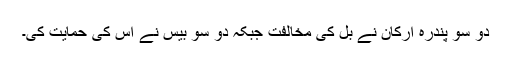
دو سو پندرہ ارکان نے بل کی مخالفت جبکہ دو سو بیس نے اس کی حمایت کی۔